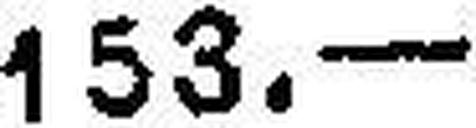
153.—